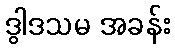
ဒွါဒသမ အခန်း